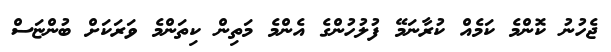
ޖެހުނު ކޮންމެ ކަމެއް ކުރާނަމޭ ފުލުހުންގެ އެންމެ މަތިން ކިތަންމެ ވަރަކަށް ބުންޏަސް